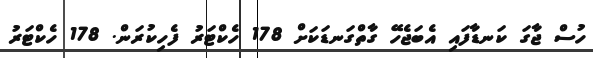
ހުސް ޖާގަ ކަނޑާފައި އެބަޖެހޭ ގާތްގަނޑަކަށް 178 ހެކްޓަރު ފެހިކުރަން. 178 ހެކްޓަރު